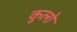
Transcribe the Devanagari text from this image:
कुलो